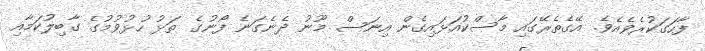
ފާހަގަކުރެވެއެވެ. އޭގެތެރޭގައި މާސްކުއަޅައިގެން އިނަސް މޫނު ދެނެގަނެ ފޯނުގެ ތަޅު ހުޅުވުމުގެ ގާބިލުކަމާއި